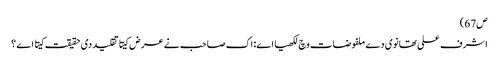
ص67)
اشرف علی تھانوی دے ملفوضات وچ لکھیا اے: اک صاحب نے عرض کیتا تقلید د‏‏ی حقیقت کیتا اے ؟